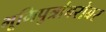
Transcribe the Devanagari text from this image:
भूमिपुत्रांबरोबर